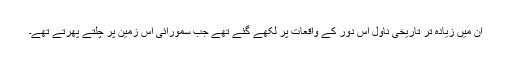
ان میں زیادہ تر تاریخی ناول اس دور کے واقعات پر لکھے گئے تھے جب سمورائی اس زمین پر چلتے پھرتے تھے۔